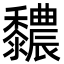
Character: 䵜